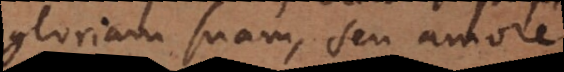
gloriam suam, seu amore